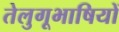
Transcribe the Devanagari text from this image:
तेलुगूभाषियों